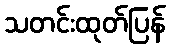
သတင်းထုတ်ပြန်